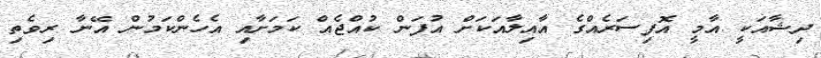
ދިޝާއަކީ އާމީ އޮފިސަރެއްގެ އާއިލާއަކަށް އުފަން ކުއްޖެއް ކަމަށާއި އެހެންކަމުން އޭނާ ރިވެތި